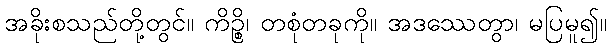
အခိုးစသည်တို့တွင်။ ကိဉ္စိ၊ တစုံတခုကို။ အဒဿေတွာ၊ မပြမူ၍။